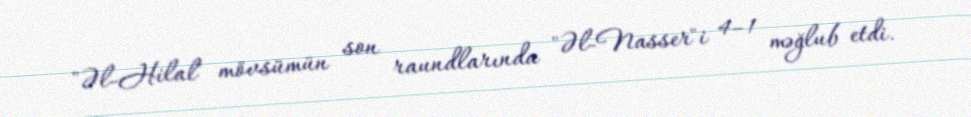
"Əl-Hilal" mövsümün son raundlarında "Əl-Nasser"i 4–1 məğlub etdi.